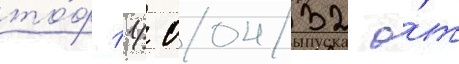
то́ф 11/ 00432 о́т